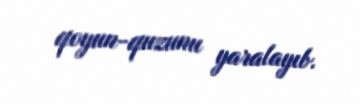
qoyun-quzunu yaralayıb.